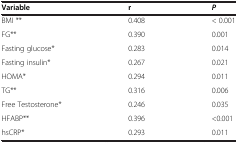
<table><thead><tr><td><b>Variable</b></td><td><b>r</b></td><td><b><i>P</i></b></td></tr></thead><tbody><tr><td>BMI **</td><td>0.408</td><td>&lt; 0.001</td></tr><tr><td>FG**</td><td>0.390</td><td>0.001</td></tr><tr><td>Fasting glucose*</td><td>0.283</td><td>0.014</td></tr><tr><td>Fasting insulin*</td><td>0.267</td><td>0.021</td></tr><tr><td>HOMA*</td><td>0.294</td><td>0.011</td></tr><tr><td>TG**</td><td>0.316</td><td>0.006</td></tr><tr><td>Free Testosterone*</td><td>0.246</td><td>0.035</td></tr><tr><td>HFABP**</td><td>0.396</td><td>&lt;0.001</td></tr><tr><td>hsCRP*</td><td>0.293</td><td>0.011</td></tr></tbody></table>